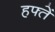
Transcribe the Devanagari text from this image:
हफ्तें